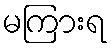
မကြားရ